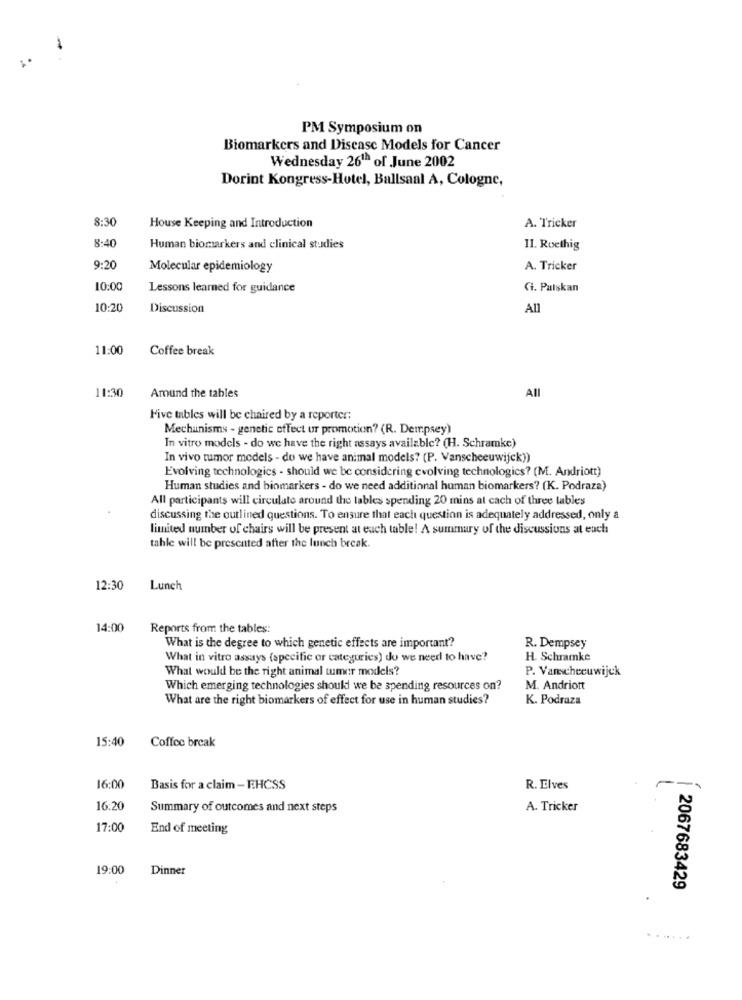
PM Symposium on
Biomarkers and Disease Models for Cancer
Wednesday 261h of June 2002
Dorint Kongress-Hotel, Ballsaal A, Cologne,
8:30
House Keeping and Introduction
A. Tricker
8:40
Human biomarkers and clinical studies
II. Roethig
9:20
Molecular epidemiology
A. Tricker
10:00
Lessons learned for guidance
Ci. Pulskan
10:20
Discussion
All
11:00
Coffee break
11:30
Amund the tables
All
Five tables will be chaired by a reporter:
Mechanisms - genetic effect ur promotion? (R. Dempsey)
In vitro models - do we have the right assays available? (H. Schramke)
In vivo tumor models - do we have animal models? (P. Vanscheeuwijck))
Evolving technologies - should we be considering evolving technologics? (M. Andriott)
Human studies and biomarkers - do we need additional human biomarkers? (K. Podraza)
All participants will circulate around the tables spending 20 mins at cach of three lables
discussing the outlined questions. To ensure that each question is adequately addressed, only a
limited number of chairs will be present at each table! A summary of the discussions at euch
table will be presented after the lunch break.
12:30
Lunch
14:00
Reports from the tables:
What is the degree to which genetic effects are important?
R. Dempsey
What in vitro assays (specific or categories) do we need to have'?
H. Schramke
What would be the right animal tumor models?
P. Vanchecuwijck
Which emerging technologies should we be spending resources on?
M. Andriott
What are the right biomarkers of effect for use in human studies?
K. Podraza
15:40
Coffee break
16:00
Basis for a claim - EHCSS
R. Elves
16:20
Summary of outcomes and next steps
A. Tricker
17:00
End of meeting
19:00
Dinner
2067683429